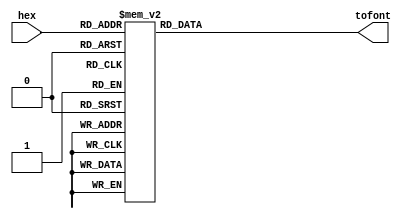
`timescale 1ns / 1ps
//////////////////////////////////////////////////////////////////////////////////
// Company: 
// Engineer: 
// 
// Design Name: 
// Module Name:    hex2ascii 
// Project Name: 
// Target Devices: 
// Tool versions: 
// Description: 
//
// Dependencies: 
//
// Revision: 
// Revision 0.01 - File Created
// Additional Comments: 
//
//////////////////////////////////////////////////////////////////////////////////
`timescale 1ns / 1ps
//////////////////////////////////////////////////////////////////////////////////
// Company: 
// Engineer: 
// 
// Design Name: 
// Module Name:    hex2ascii 
// Project Name: 
// Target Devices: 
// Tool versions: 
// Description: 
//
// Dependencies: 
//
// Revision: 
// Revision 0.01 - File Created
// Additional Comments: 
////////////////////////////////////////////////////////////////////////////////////
module hex2ascii( hex, tofont);
input wire [3:0] hex;
output reg [6:0] tofont;

always @*
	case (hex)
		4'b0000: tofont = 7'h30;//0
		4'b0001: tofont = 7'h31;
		4'b0010: tofont = 7'h32;
		4'b0011: tofont = 7'h33;
		4'b0100: tofont = 7'h34;
		4'b0101: tofont = 7'h35;
		4'b0110: tofont = 7'h36;
		4'b0111: tofont = 7'h37;
		4'b1000: tofont = 7'h38;
		4'b1001: tofont = 7'h39;
		4'b1010: tofont = 7'h41;//a
		4'b1011: tofont = 7'h42;
		4'b1100: tofont = 7'h43;
		4'b1101: tofont = 7'h44;
		4'b1110: tofont = 7'h45;
		4'b1111: tofont = 7'h46;
	   default: tofont = 7'h20;//space
	endcase

endmodule